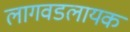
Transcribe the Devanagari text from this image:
लागवडलायक